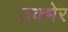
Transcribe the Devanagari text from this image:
तक्भेर